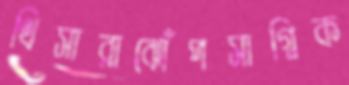
থিসারাঝোঁপসাগ্নিক